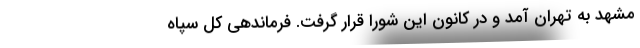
مشهد به تهران آمد و در کانون این شورا قرار گرفت. فرماندهی کل سپاه